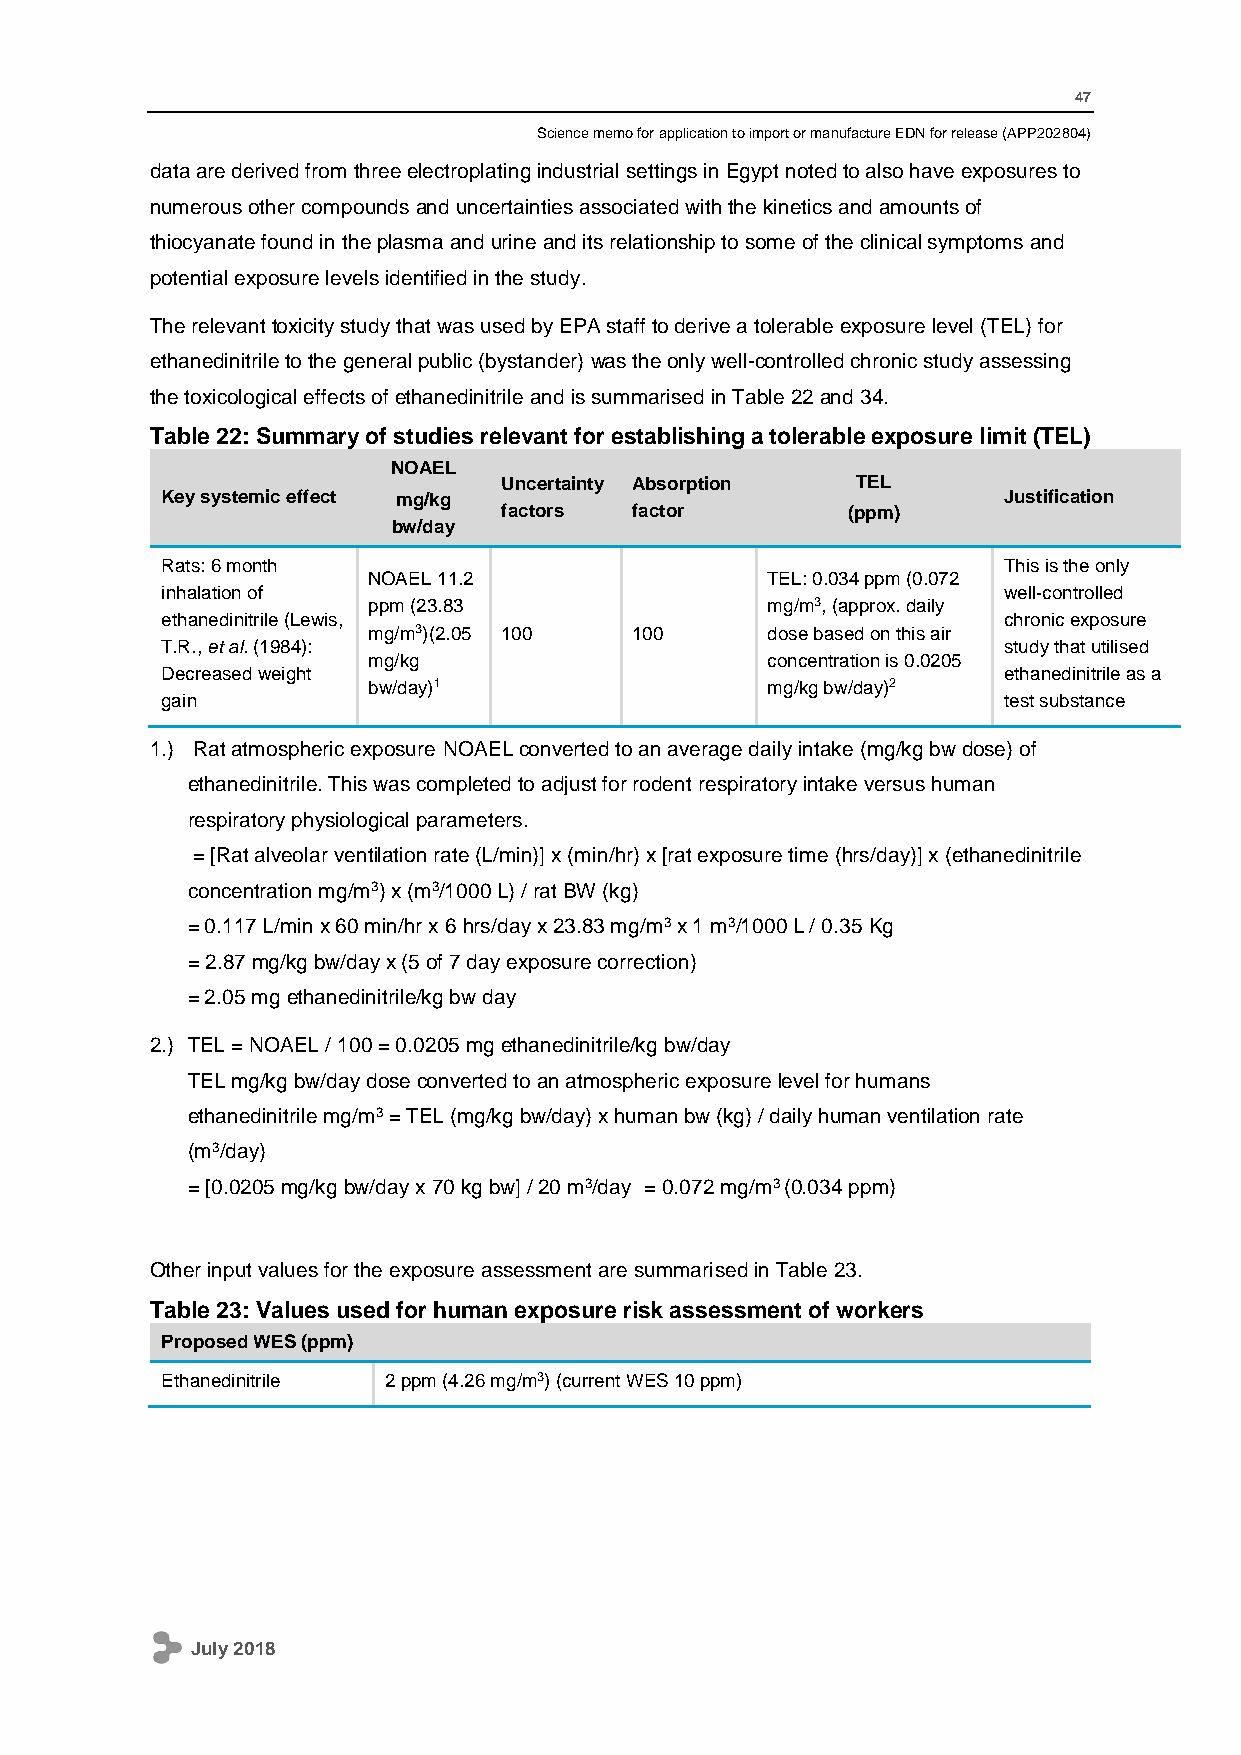
47
 Science memo for application to import or manufacture EDN for release (APP202804)
 data are derived from three electroplating industrial settings in Egypt noted to also have exposures to
 numerous other compounds and uncertainties associated with the kinetics and amounts of
 thiocyanate found in the plasma and urine and its relationship to some of the clinical symptoms and
 potential exposure levels identified in the study.
 The relevant toxicity study that was used by EPA staff to derive a tolerable exposure level (TEL) for
 ethanedinitrile to the general public (bystander) was the only well-controlled chronic study assessing
 the toxicological effects of ethanedinitrile and is summarised in Table 22 and 34.
 Table 22: Summary of studies relevant for establishing a tolerable exposure limit (TEL)
 NOAEL
 Uncertainty Absorption  TEL
 Key systemic effect mg/kg                              Justification
 factors  factor        (ppm)
 bw/day
 Rats: 6 month                                          This is the only
 NOAEL 11.2                 TEL: 0.034 ppm (0.072
 inhalation of                                          well-controlled
 ppm (23.83                 mg/m3, (approx. daily
 ethanedinitrile (Lewis,                                chronic exposure
 mg/m3)(2.05 100   100      dose based on this air
 T.R., et al. (1984):                                   study that utilised
 mg/kg                      concentration is 0.0205
 Decreased weight                                       ethanedinitrile as a
 bw/day)1                   mg/kg bw/day)2
 gain                                                   test substance
 1.) Rat atmospheric exposure NOAEL converted to an average daily intake (mg/kg bw dose) of
 ethanedinitrile. This was completed to adjust for rodent respiratory intake versus human
 respiratory physiological parameters.
 = [Rat alveolar ventilation rate (L/min)] x (min/hr) x [rat exposure time (hrs/day)] x (ethanedinitrile
 concentration mg/m3) x (m3/1000 L) / rat BW (kg)
 = 0.117 L/min x 60 min/hr x 6 hrs/day x 23.83 mg/m3 x 1 m3/1000 L / 0.35 Kg
 = 2.87 mg/kg bw/day x (5 of 7 day exposure correction)
 = 2.05 mg ethanedinitrile/kg bw day
 2.) TEL = NOAEL / 100 = 0.0205 mg ethanedinitrile/kg bw/day
 TEL mg/kg bw/day dose converted to an atmospheric exposure level for humans
 ethanedinitrile mg/m3 = TEL (mg/kg bw/day) x human bw (kg) / daily human ventilation rate
 (m3/day)
 = [0.0205 mg/kg bw/day x 70 kg bw] / 20 m3/day = 0.072 mg/m3 (0.034 ppm)
 Other input values for the exposure assessment are summarised in Table 23.
 Table 23: Values used for human exposure risk assessment of workers
 Proposed WES (ppm)
 Ethanedinitrile 2 ppm (4.26 mg/m3) (current WES 10 ppm)
 July 2018